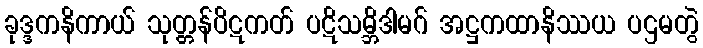
ခုဒ္ဒကနိကာယ် သုတ္တန်ပိဋကတ် ပဋိသမ္ဘိဒါမဂ် အဋ္ဌကထာနိဿယ ပဌမတွဲ